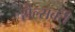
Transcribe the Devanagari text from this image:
सैल्सबरी